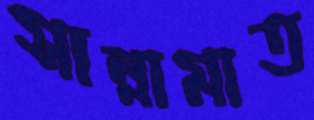
সান্নামাত